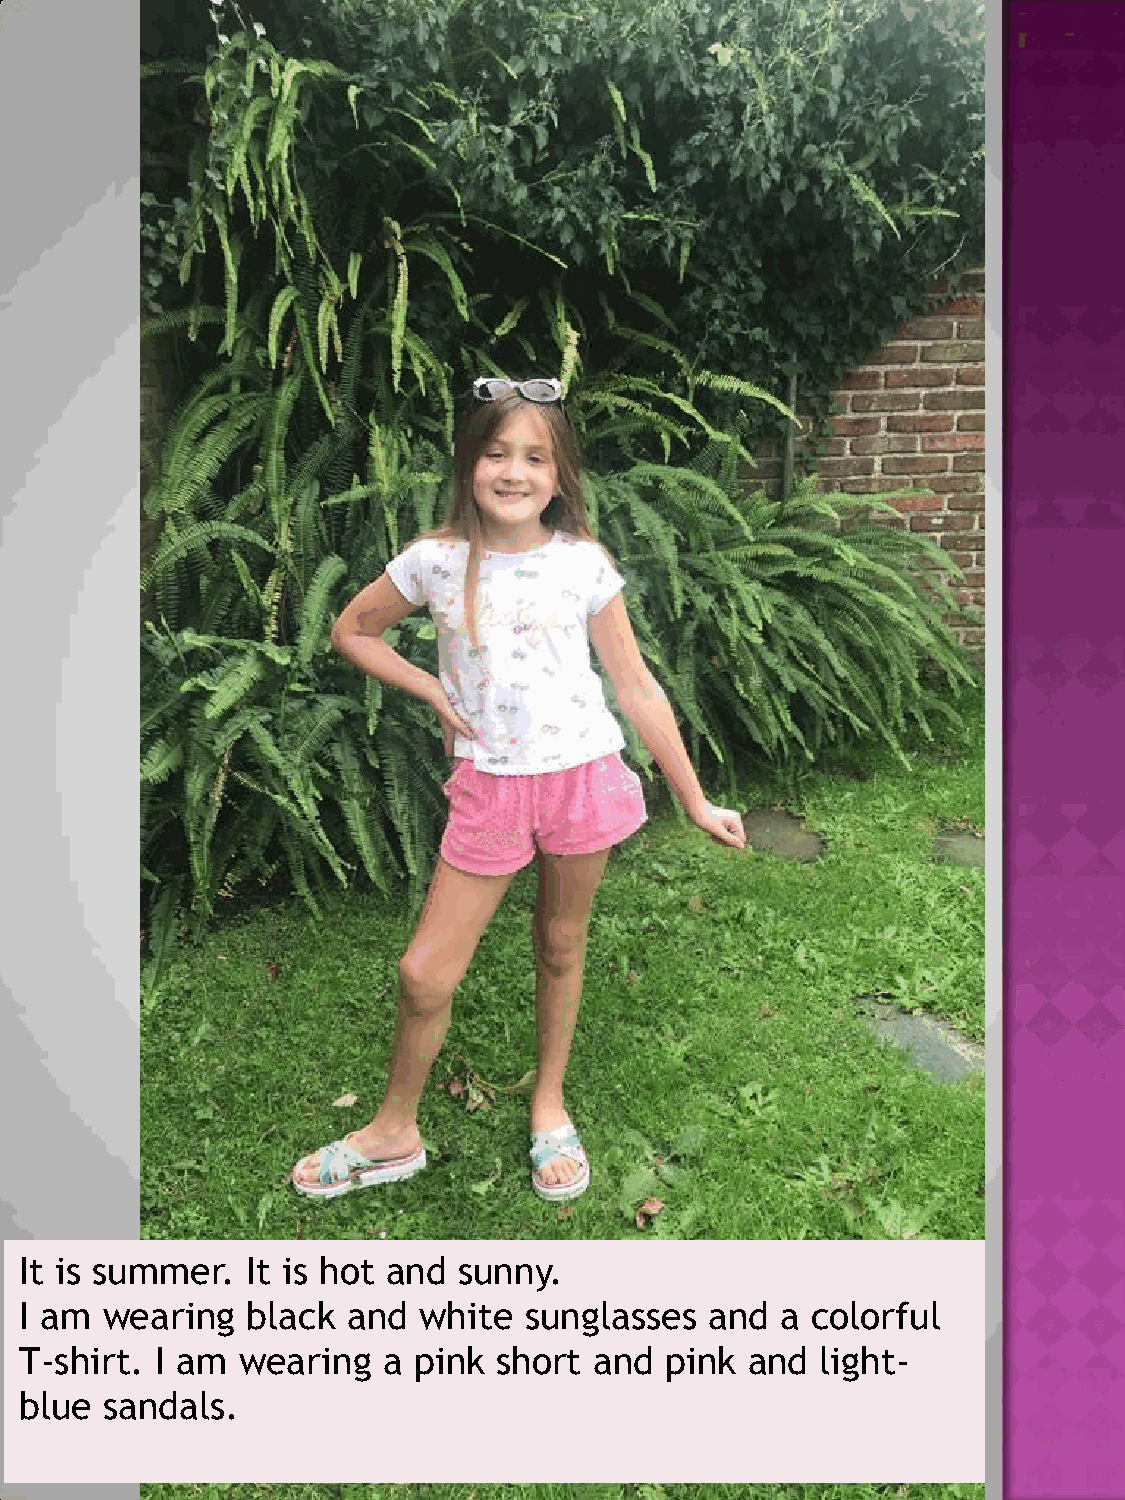
It is summer.  It is hot and sunny.
 I am  wearing  black  and  white  sunglasses  and  a colorful
 T-shirt. I am  wearing  a pink  short and  pink and  light-
 blue  sandals.